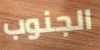
الجنوب